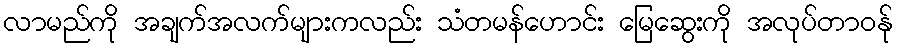
လာမည်ကို အချက်အလက်များကလည်း သံတမန်ဟောင်း မြေဆွေးကို အလုပ်တာဝန်ု